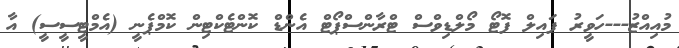
މުއިއްޒު---ހަވީރު ފައިލް ފޮޓޯ މޯލްޑިވްސް ޓްރާންސްޕޯޓް އެންޑް ކޮންޓެކްޓިން ކޮމްޕެނީ (އެމްޓީސީސީ) އާ